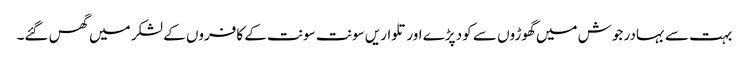
بہت سے بہادر جوش میں گھوڑوں سے کود پڑے اور تلواریں سونت سونت کے کافروں کے لشکر میں گھس گئے۔